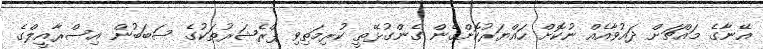
އޭނާގެ މައްޗަށް ދައުވާއެއް ނުކޮށް ހައްޔަރުކޮށްގެން ގެންގުޅޭތީ ކުރިމަތިވި ޕްރެޝަރުތަކުގެ ސަބަބުން އިސްރާއީލްގެ